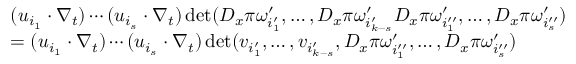
\begin{array} { r l } & { ( u _ { i _ { 1 } } \cdot \nabla _ { t } ) \cdots ( u _ { i _ { s } } \cdot \nabla _ { t } ) \operatorname* { d e t } ( D _ { x } \pi \omega _ { i _ { 1 } ^ { \prime } } ^ { \prime } , \ldots , D _ { x } \pi \omega _ { i _ { k - s } ^ { \prime } } ^ { \prime } D _ { x } \pi \omega _ { i _ { 1 } ^ { \prime \prime } } ^ { \prime } , \ldots , D _ { x } \pi \omega _ { i _ { s } ^ { \prime \prime } } ^ { \prime } ) } \\ & { = ( u _ { i _ { 1 } } \cdot \nabla _ { t } ) \cdots ( u _ { i _ { s } } \cdot \nabla _ { t } ) \operatorname* { d e t } ( v _ { i _ { 1 } ^ { \prime } } , \ldots , v _ { i _ { k - s } ^ { \prime } } , D _ { x } \pi \omega _ { i _ { 1 } ^ { \prime \prime } } ^ { \prime } , \ldots , D _ { x } \pi \omega _ { i _ { s } ^ { \prime \prime } } ^ { \prime } ) } \end{array}